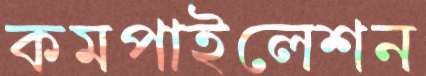
কমপাইলেশন